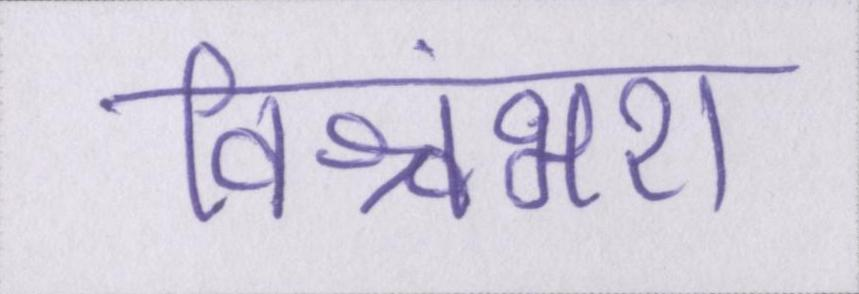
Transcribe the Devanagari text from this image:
विश्वंभरा